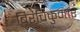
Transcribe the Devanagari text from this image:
बिरंचिकुमार